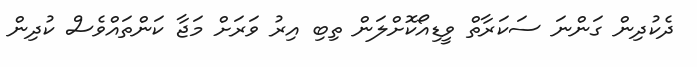
ދެކުދިން ގަންނަ ސަކަރާތް ވީޑިއޯކޮށްލަން ތިބި އިރު ވަރަށް މަޖާ ކަންތައްވެސް ކުދިން